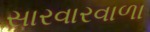
સારવારવાળા